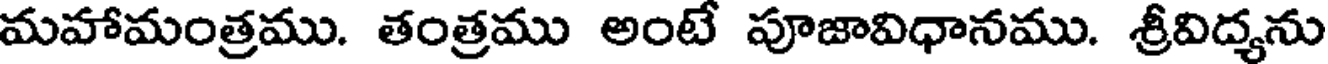
మహామంత్రము. తంత్రము అంటే పూజావిధానము. శ్రీవిద్యను